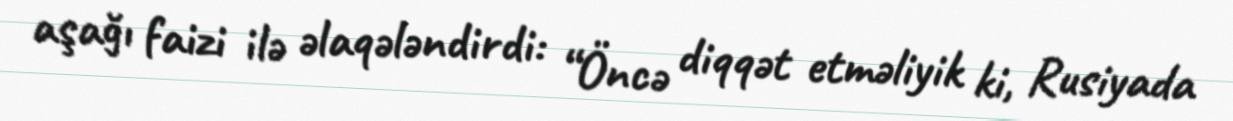
aşağı faizi ilə əlaqələndirdi: “Öncə diqqət etməliyik ki, Rusiyada